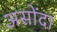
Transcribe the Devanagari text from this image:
असोंदा